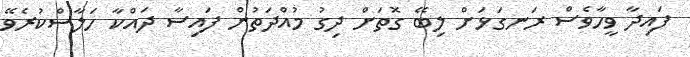
ފައިދާ ވީހާވެސް ރަނގަޅަށް ލިބޭ ގޮތަށް ދިގު މުއްދަތުން ފައިސާ ދައްކާ ހަލާސްކުރެވޭ